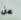
عن